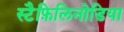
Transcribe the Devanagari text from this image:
स्टैफ़िलिनोडिया